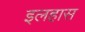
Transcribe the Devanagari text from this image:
इलहास